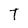
Character: T